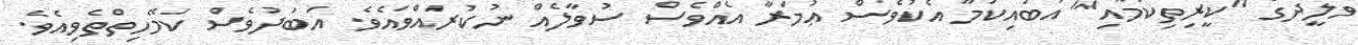
ވަލީދުގެ "ކީރިތިކަމާއި" އަބުއިކަމާ އެކުވެސް ޢުމަރާ އެއްވެސް ސުވާލެއް ނުކުރައްވައެވެ. އަބަދުވެސް ކަމޭހިތްތެވިއެވެ.